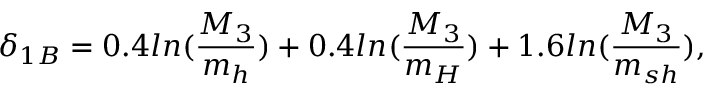
\delta _ { 1 B } = 0 . 4 l n ( \frac { M _ { 3 } } { m _ { h } } ) + 0 . 4 l n ( \frac { M _ { 3 } } { m _ { H } } ) + 1 . 6 l n ( \frac { M _ { 3 } } { m _ { s h } } ) ,